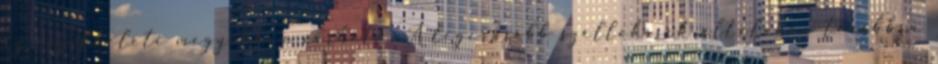
az északkeleti megyékben várható. A legerősebb széllökések általában továbbra